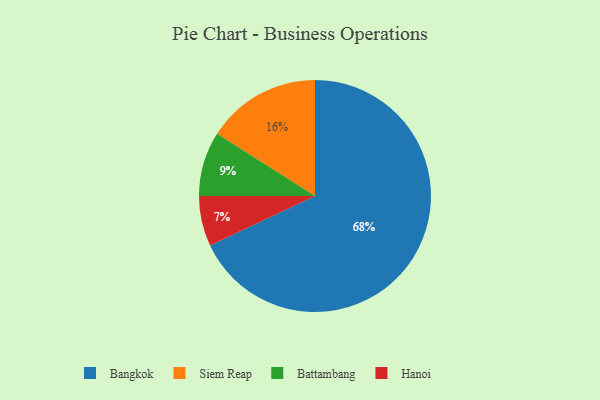
{"axis": {"x": "Category", "y": "Percentage"}, "legend": ["Bangkok", "Battambang", "Hanoi", "Siem Reap"], "data": [{"x": "Hanoi", "y": 7, "type": "Hanoi"}, {"x": "Battambang", "y": 9, "type": "Battambang"}, {"x": "Siem Reap", "y": 16, "type": "Siem Reap"}, {"x": "Bangkok", "y": 68, "type": "Bangkok"}]}